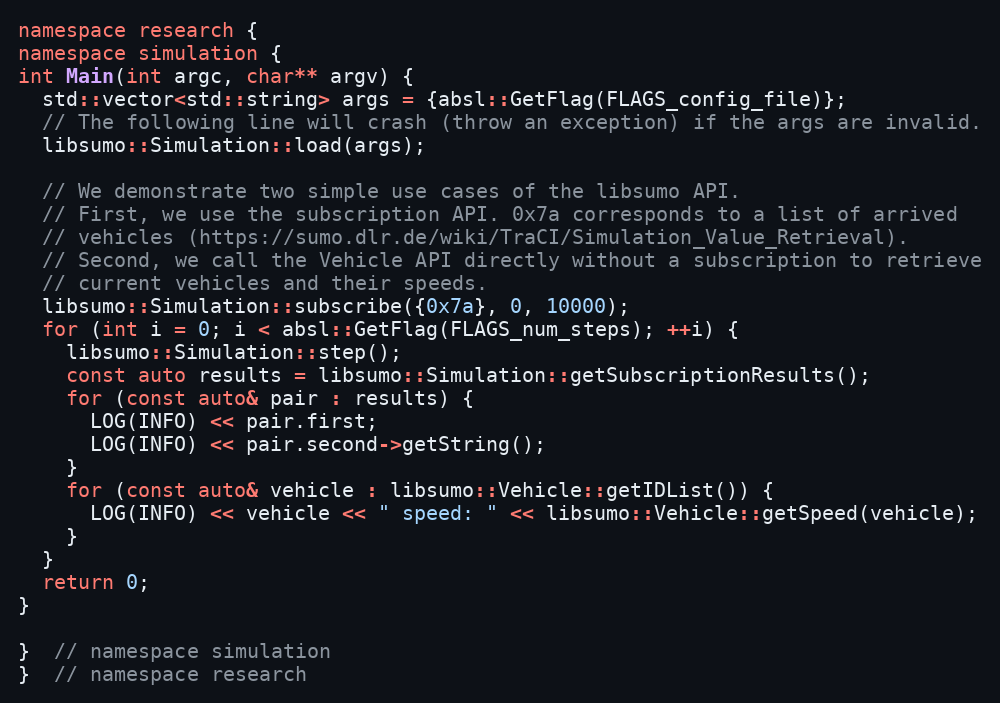
Language: C++
namespace research {
namespace simulation {
int Main(int argc, char** argv) {
  std::vector<std::string> args = {absl::GetFlag(FLAGS_config_file)};
  // The following line will crash (throw an exception) if the args are invalid.
  libsumo::Simulation::load(args);

  // We demonstrate two simple use cases of the libsumo API.
  // First, we use the subscription API. 0x7a corresponds to a list of arrived
  // vehicles (https://sumo.dlr.de/wiki/TraCI/Simulation_Value_Retrieval).
  // Second, we call the Vehicle API directly without a subscription to retrieve
  // current vehicles and their speeds.
  libsumo::Simulation::subscribe({0x7a}, 0, 10000);
  for (int i = 0; i < absl::GetFlag(FLAGS_num_steps); ++i) {
    libsumo::Simulation::step();
    const auto results = libsumo::Simulation::getSubscriptionResults();
    for (const auto& pair : results) {
      LOG(INFO) << pair.first;
      LOG(INFO) << pair.second->getString();
    }
    for (const auto& vehicle : libsumo::Vehicle::getIDList()) {
      LOG(INFO) << vehicle << " speed: " << libsumo::Vehicle::getSpeed(vehicle);
    }
  }
  return 0;
}

}  // namespace simulation
}  // namespace research